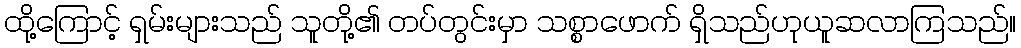
ထို့ကြောင့် ရှမ်းများသည် သူတို့၏ တပ်တွင်းမှာ သစ္စာဖောက် ရှိသည်ဟုယူဆလာကြသည်။